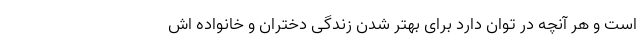
است و هر آنچه در توان دارد برای بهتر شدن زندگی دختران و خانواده اش